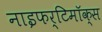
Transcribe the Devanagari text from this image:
नाइफर्टिमॉक्स